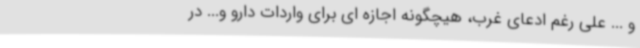
و ... علی رغم ادعای غرب، هیچگونه اجازه ای برای واردات دارو و... در